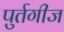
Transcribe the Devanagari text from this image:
पुर्तगीज